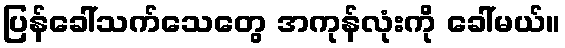
ပြန်ခေါ်သက်သေတွေ အကုန်လုံးကို ခေါ်မယ်။